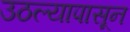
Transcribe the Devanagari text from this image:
उठल्यापासून